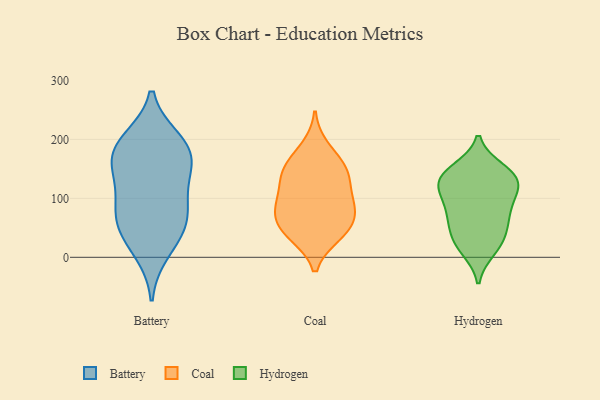
{"axis": {"x": "LTV (USD)", "y": "Value"}, "legend": ["Battery", "Coal", "Hydrogen"], "data": [{"x": "", "y": 142, "type": "Battery"}, {"x": "", "y": 198, "type": "Battery"}, {"x": "", "y": 99, "type": "Battery"}, {"x": "", "y": 150, "type": "Battery"}, {"x": "", "y": 91, "type": "Battery"}, {"x": "", "y": 43, "type": "Battery"}, {"x": "", "y": 59, "type": "Battery"}, {"x": "", "y": 175, "type": "Battery"}, {"x": "", "y": 178, "type": "Battery"}, {"x": "", "y": 10, "type": "Battery"}, {"x": "", "y": 58, "type": "Battery"}, {"x": "", "y": 192, "type": "Battery"}, {"x": "", "y": 37, "type": "Coal"}, {"x": "", "y": 117, "type": "Coal"}, {"x": "", "y": 40, "type": "Coal"}, {"x": "", "y": 187, "type": "Coal"}, {"x": "", "y": 90, "type": "Coal"}, {"x": "", "y": 97, "type": "Coal"}, {"x": "", "y": 148, "type": "Coal"}, {"x": "", "y": 133, "type": "Coal"}, {"x": "", "y": 154, "type": "Coal"}, {"x": "", "y": 75, "type": "Coal"}, {"x": "", "y": 65, "type": "Coal"}, {"x": "", "y": 41, "type": "Coal"}, {"x": "", "y": 152, "type": "Coal"}, {"x": "", "y": 76, "type": "Coal"}, {"x": "", "y": 91, "type": "Hydrogen"}, {"x": "", "y": 21, "type": "Hydrogen"}, {"x": "", "y": 114, "type": "Hydrogen"}, {"x": "", "y": 132, "type": "Hydrogen"}, {"x": "", "y": 149, "type": "Hydrogen"}, {"x": "", "y": 125, "type": "Hydrogen"}, {"x": "", "y": 13, "type": "Hydrogen"}, {"x": "", "y": 72, "type": "Hydrogen"}, {"x": "", "y": 132, "type": "Hydrogen"}, {"x": "", "y": 74, "type": "Hydrogen"}, {"x": "", "y": 104, "type": "Hydrogen"}, {"x": "", "y": 135, "type": "Hydrogen"}, {"x": "", "y": 25, "type": "Hydrogen"}, {"x": "", "y": 147, "type": "Hydrogen"}, {"x": "", "y": 49, "type": "Hydrogen"}, {"x": "", "y": 54, "type": "Hydrogen"}]}